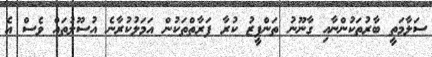
ސަލާމަތީ ބާރުތަކުންނާއި ގާނޫނު ތަންފީޒު ކުރާ ފަރާތްތަކުން އަމަލުކުރާނެ އުސޫލުތައް ވެސް އެ